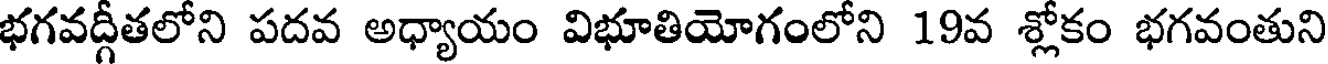
భగవద్గీతలోని పదవ అధ్యాయం విభూతియోగంలోని 19వ శ్లోకం భగవంతుని